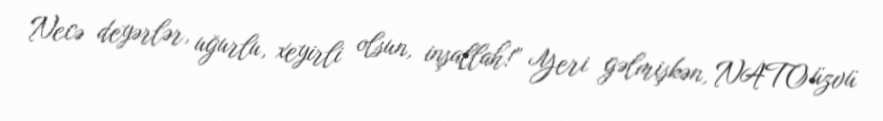
Necə deyərlər, uğurlu, xeyirli olsun, inşallah!” Yeri gəlmişkən, NATO üzvü